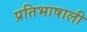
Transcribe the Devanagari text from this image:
प्रतिभाषाली